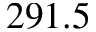
2 9 1 . 5